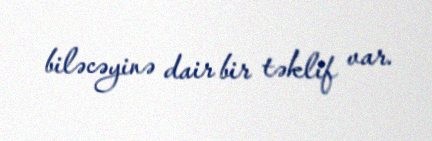
biləcəyinə dair bir təklif var.